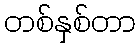
တစ်နှစ်တာ